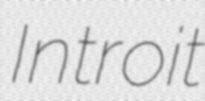
Introit